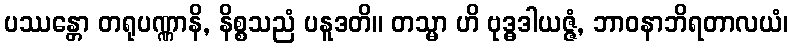
ပဿန္တော တရုပဏ္ဏာနိ, နိစ္စသညံ ပနူဒတိ။ တသ္မာ ဟိ ဗုဒ္ဓဒါယဇ္ဇံ, ဘာဝနာဘိရတာလယံ၊